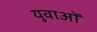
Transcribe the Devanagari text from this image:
युवाअों